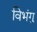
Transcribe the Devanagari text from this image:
विभंगु